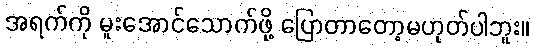
အရက်ကို မူးအောင်သောက်ဖို့ ပြောတာတော့မဟုတ်ပါဘူး။